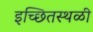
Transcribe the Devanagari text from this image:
इच्छितस्थळी